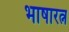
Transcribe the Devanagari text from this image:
भाषारत्न